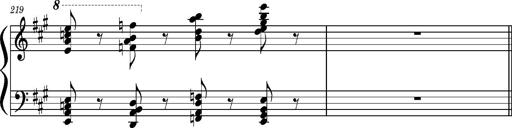
Title: Concerto sans orchestre, S.524a
Composer: Franz Liszt
Key: A major